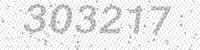
Solution: 303217